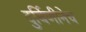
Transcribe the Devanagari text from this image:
दुर्बिणीनेच